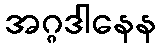
အဂ္ဂဒါနေန